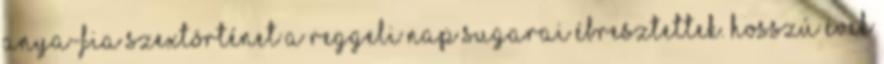
anya-fia szextörténet A reggeli nap sugarai ébresztettek. Hosszú évek